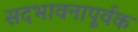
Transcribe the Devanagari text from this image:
सदभावनापूर्वक